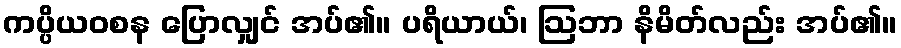
ကပ္ပိယဝစန ပြောလျှင် အပ်၏။ ပရိယာယ်၊ ဩဘာ နိမိတ်လည်း အပ်၏။